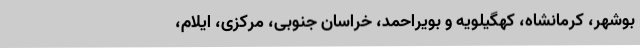
بوشهر، کرمانشاه، کهگیلویه و بویراحمد، خراسان جنوبی، مرکزی، ایلام،